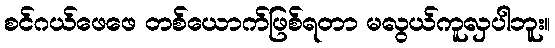
စင်ဂယ်ဖေဖေ တစ်ယောက်ဖြစ်ရတာ မလွယ်ကူလှပါဘူး။